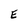
Character: E